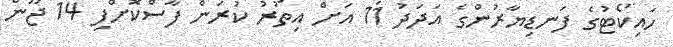
ހައިކޯޓުގެ ފަނޑިޔާރުންގެ އަދަދު 11 އަށް އިތުރު ކުރަން ފާސްކޮށްފި 14 ޖޫން